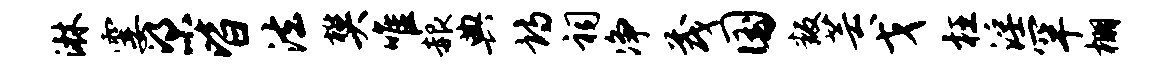
淋霎梁皆法樊唯赧典诗祠净茂国叛芸戈枉淫罕棚